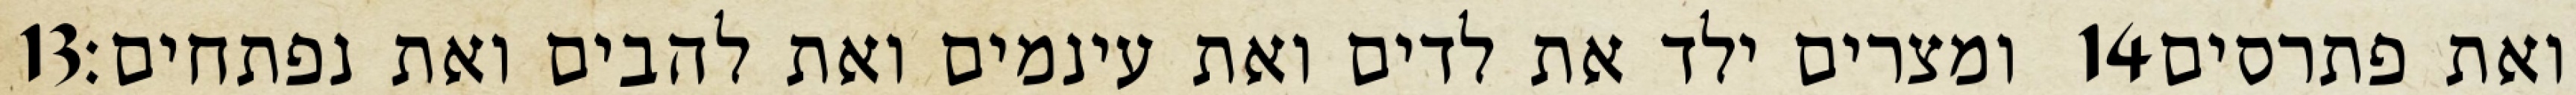
‎13‏ ומצרים ילד את לדים ואת עינמים ואת להבים ואת נפתחים׃ ‎14‏ ואת פתרסים